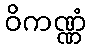
ဝိကဏ္ဏံ